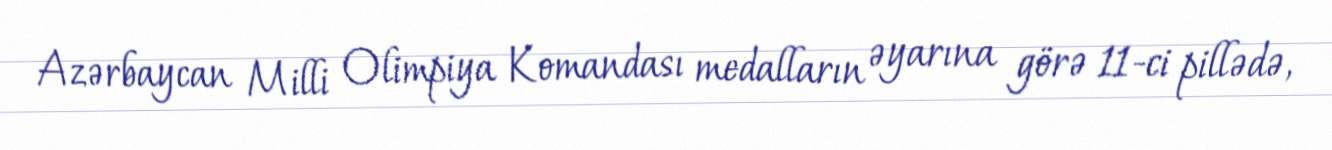
Azərbaycan Milli Olimpiya Komandası medalların əyarına görə 11-ci pillədə,